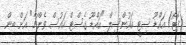
ފޮޓޯ/ އައްޑޫ ސިޓީ ކައުންސިލް "އައްޑޫ ގެސްޓް ހައުސް ވެންޗާ" އަށް ބިން